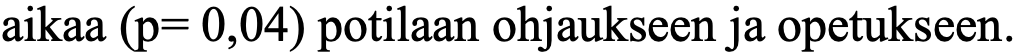
aikaa (p= 0,04) potilaan ohjaukseen ja opetukseen.